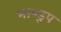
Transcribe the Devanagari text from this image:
भाण्डुप